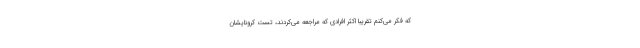
که فکر می‌کنم تقریباً اکثر افرادی که مراجعه می‌کردند، تست کرونایشان